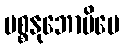
ပစ္စနုဘောမိပေ